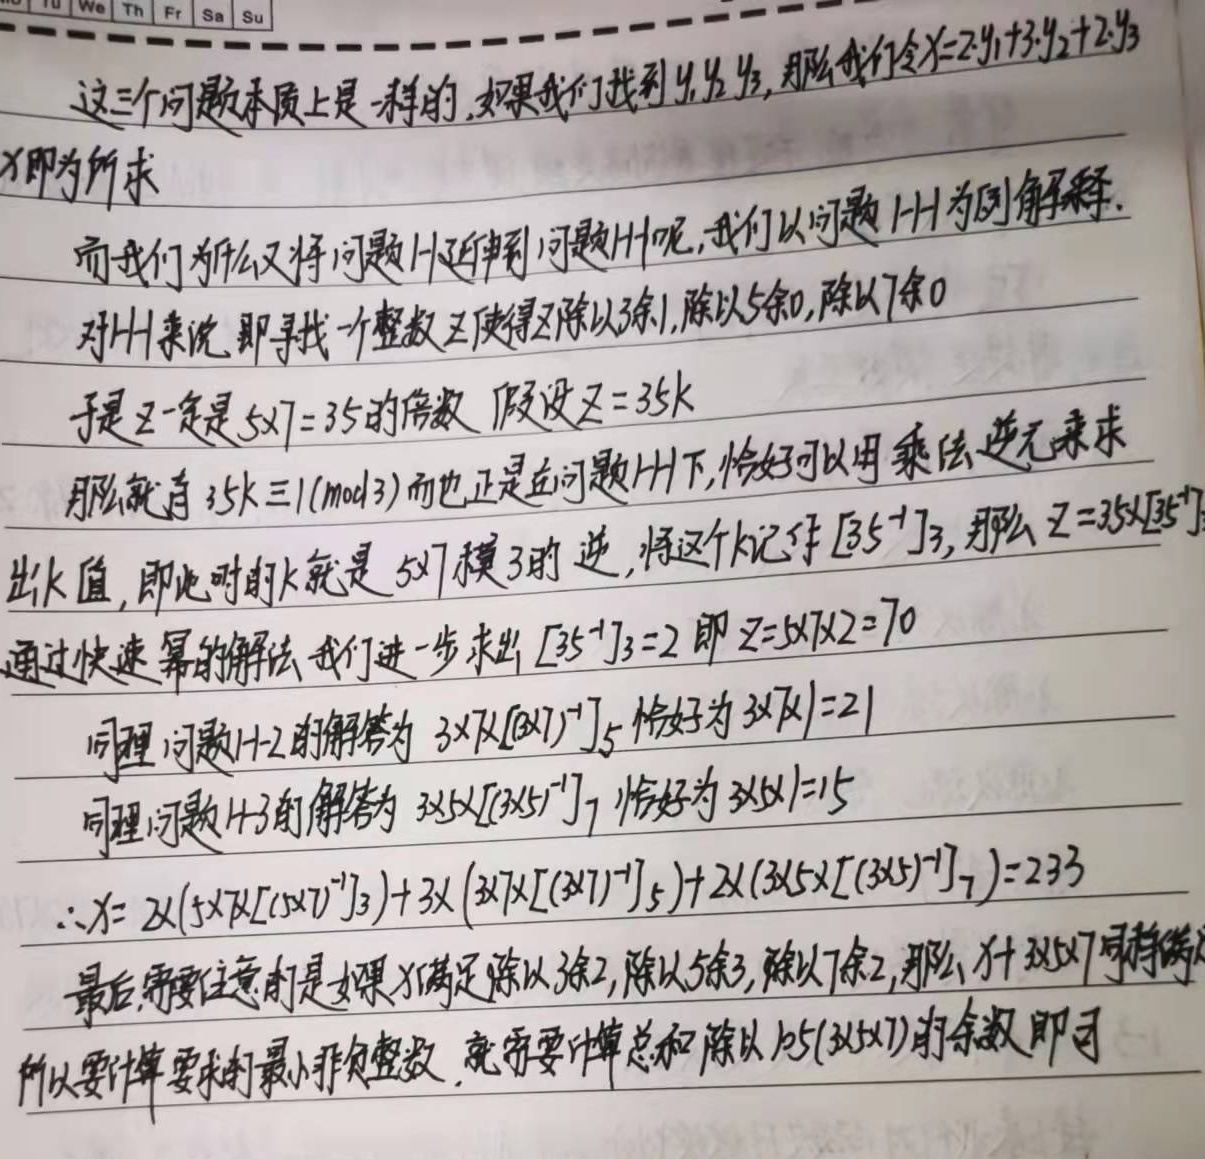
这三个问题本质上是一样的，如果我们找到 \(x_1,x_2,x_3\)，那么我们令 \(x = 2x_1+3x_2 + 2x_3\)，\(x\) 即为所求。而我们为什么又将问题 \(H\) 延伸到问题 \(H_1 - H_3\) 呢，我们以问题 \(H_1\) 为例解释。对 \(H_1\) 来说，即寻找一个整数 \(x_1\) 使得 \(x_1\) 除以 \(3\) 余 \(1\)，除以 \(5\) 余 \(0\)，除以 \(7\) 余 \(0\)。于是 \(x_1\) 一定是 \(5\times7 = 35\) 的倍数，假设 \(x_1 = 35k\)。那么就有 \(35k\equiv1\pmod{3}\)，而也正是在问题 \(H_1\) 下，恰好可以用乘法逆元来求 \(k\) 值，即此时的 \(k\) 就是 \(5\times7\) 模 \(3\) 的逆，将这个 \(k\) 记作 \([35^{-1}]_3\)，那么 \(x_1 = 35\times[35^{-1}]_3\)。通过快速幂的解法，我们进一步求出 \([35^{-1}]_3 = 2\)，即 \(x_1 = 35\times2 = 70\)。

同理，问题 \(H_2\) 的解为 \(3\times7\times[3\times7^{-1}]_5\)，恰好为 \(3\times7 = 21\)。同理，问题 \(H_3\) 的解为 \(3\times5\times[3\times5^{-1}]_7\)，恰好为 \(3\times5 = 15\)。

\(\therefore x = 2\times(35\times[35^{-1}]_3)+3\times(3\times7\times[3\times7^{-1}]_5)+2\times(3\times5\times[3\times5^{-1}]_7)=233\)。

最后，需要注意的是如果 \(x\) 满足除以 \(3\) 余 \(2\)，除以 \(5\) 余 \(3\)，除以 \(7\) 余 \(2\)，那么 \(x\) 对 \(3\times5\times7\) 同余等价。所以要求最小非负整数，就需要计算总和除以 \(105(3\times5\times7)\) 的余数即可。